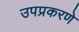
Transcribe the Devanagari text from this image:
उपप्रकरणे